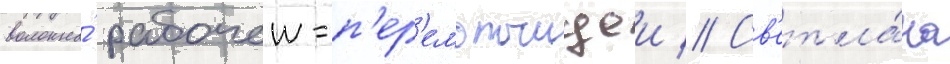
волокна́ рабочеи-п'ер'емотчицеи // Св'етла́на